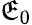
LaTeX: \mathfrak{E}_{0}